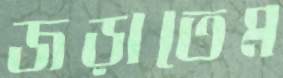
জড়াতেম